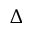
\Delta